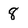
Character: 8